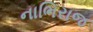
નાભિરાજ